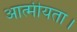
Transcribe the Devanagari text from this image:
आत्मीयता।